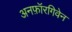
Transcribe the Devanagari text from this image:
अनफ़ॉरगिवेन